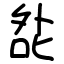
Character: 夞